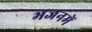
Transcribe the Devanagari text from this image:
भजनमें